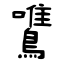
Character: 鷕